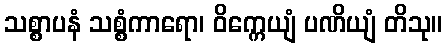
သစ္စာပနံ သစ္စံကာရော၊ ဝိက္ကေယျံ ပဏိယျံ တိသု။